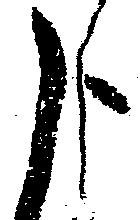
被